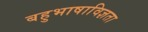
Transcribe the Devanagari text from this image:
बहुभाषाविज्ञता